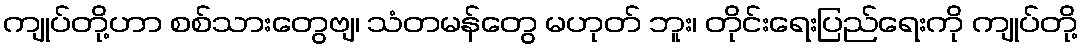
ကျုပ်တို့ဟာ စစ်သားတွေဗျ၊ သံတမန်တွေ မဟုတ် ဘူး၊ တိုင်းရေးပြည်ရေးကို ကျုပ်တို့